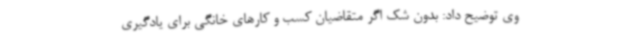
وی توضیح داد: بدون شک اگر متقاضیان کسب و کارهای خانگی برای یادگیری